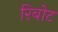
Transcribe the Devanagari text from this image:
रिबोट